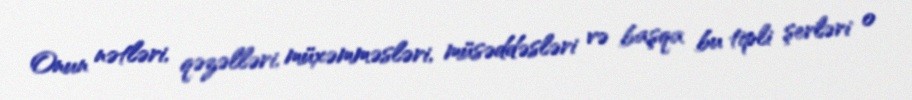
Onun nətləri, qəzəlləri, müxəmməsləri, müsəddəsləri və başqa bu tipli şerləri o